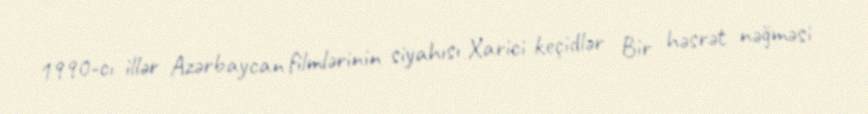
1990-cı illər Azərbaycan filmlərinin siyahısı Xarici keçidlər Bir həsrət nəğməsi